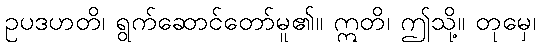
ဥပဒဟတိ၊ ရွက်ဆောင်တော်မူ၏။ ဣတိ၊ ဤသို့။ တုမှေ၊